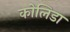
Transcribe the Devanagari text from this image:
कोलिडा